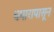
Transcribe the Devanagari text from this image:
धमारापासून